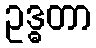
ဥဒ္ဓတာ